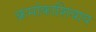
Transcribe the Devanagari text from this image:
क्रमांकाशिवाय